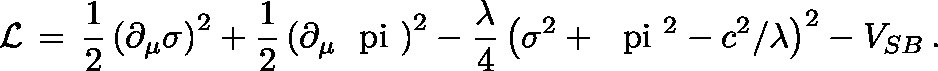
{ \cal L } \, = \, \frac { 1 } { 2 } \left( \partial _ { \mu } \sigma \right) ^ { 2 } + \frac { 1 } { 2 } \left( \partial _ { \mu } \mathrm { \boldmath ~ \ p i ~ } \right) ^ { 2 } - \frac { \lambda } { 4 } \left( \sigma ^ { 2 } + \mathrm { \boldmath ~ \ p i ~ } ^ { 2 } - c ^ { 2 } / \lambda \right) ^ { 2 } - V _ { S B } \, .